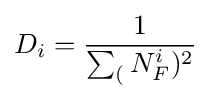
D_{i}={\frac {1}{\sum _{(}N_{F}^{i})^{2}}}